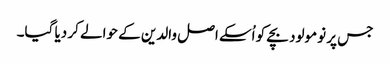
جس پر نومولود بچے کو اُسکے اصل والدین کے حوالے کر دیا گیا۔